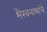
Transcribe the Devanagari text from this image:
भैरवनाथांचे